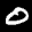
Label: 0